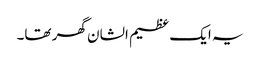
یہ ایک عظیم الشان گھر تھا۔